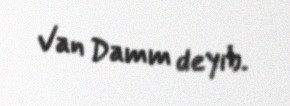
Van Damm deyib.